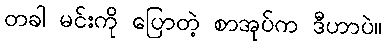
တခါ မင်းကို ပြောတဲ့ စာအုပ်က ဒီဟာပဲ။